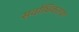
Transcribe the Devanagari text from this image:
सर्वाधिकतया